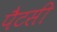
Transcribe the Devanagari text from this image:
पैटसी